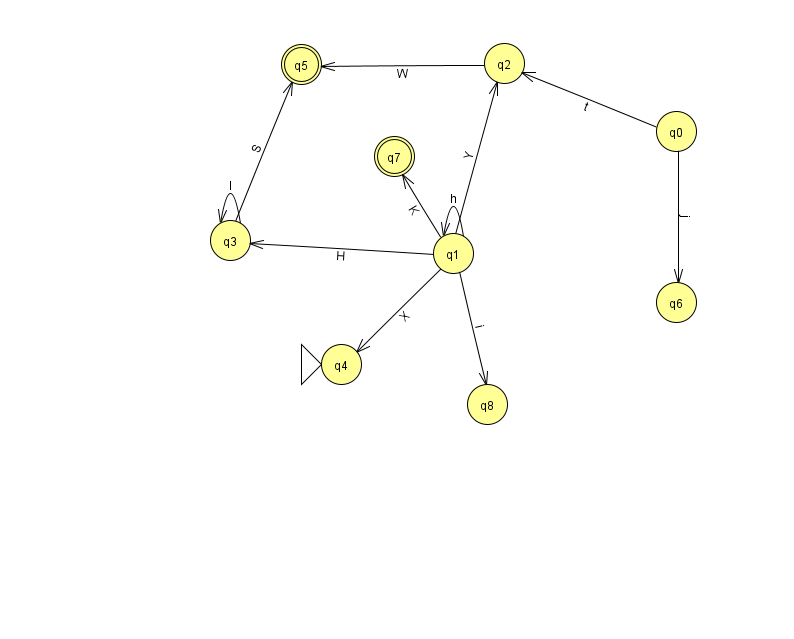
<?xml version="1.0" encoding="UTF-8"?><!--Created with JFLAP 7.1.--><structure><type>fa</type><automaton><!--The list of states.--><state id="0" name="q0"><x>676.0</x><y>118.0</y></state><state id="1" name="q1"><x>453.0</x><y>240.0</y></state><state id="2" name="q2"><x>504.0</x><y>50.0</y></state><state id="3" name="q3"><x>230.0</x><y>227.0</y></state><state id="4" name="q4"><x>341.0</x><y>351.0</y><initial/></state><state id="5" name="q5"><x>301.0</x><y>51.0</y><final/></state><state id="6" name="q6"><x>676.0</x><y>289.0</y></state><state id="7" name="q7"><x>394.0</x><y>143.0</y><final/></state><state id="8" name="q8"><x>487.0</x><y>391.0</y></state><!--The list of transitions.--><transition><from>1</from><to>4</to><read>X</read></transition><transition><from>1</from><to>2</to><read>Y</read></transition><transition><from>2</from><to>5</to><read>W</read></transition><transition><from>1</from><to>1</to><read>h</read></transition><transition><from>3</from><to>5</to><read>S</read></transition><transition><from>0</from><to>2</to><read>t</read></transition><transition><from>1</from><to>7</to><read>K</read></transition><transition><from>3</from><to>3</to><read>l</read></transition><transition><from>1</from><to>3</to><read>H</read></transition><transition><from>0</from><to>6</to><read>j</read></transition><transition><from>1</from><to>8</to><read>i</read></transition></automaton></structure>